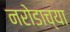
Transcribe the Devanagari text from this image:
नरोडाच्या